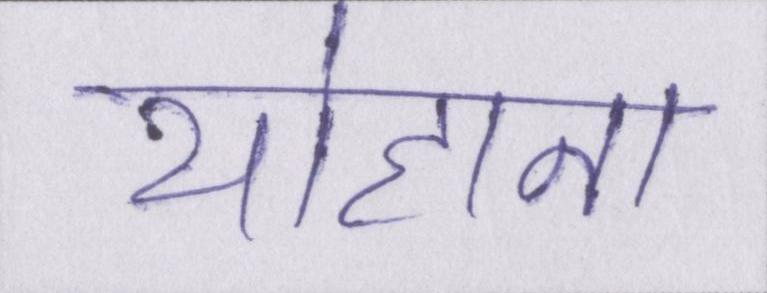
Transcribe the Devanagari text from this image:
योहाना